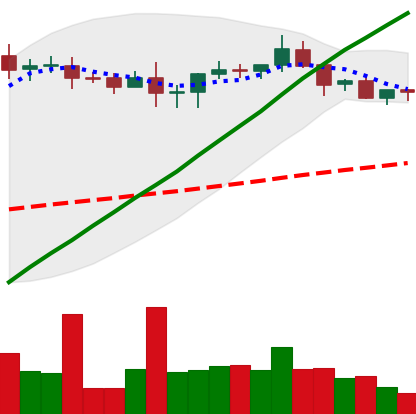
Ticker: XRP-USD
Chart end date: 2020-08-23
Forward return: -4.674%
Label: down_3_5